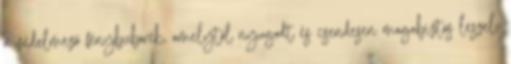
a védelmező fénybuborék, amelytől nyugodt és csendesen magabiztos leszel,